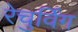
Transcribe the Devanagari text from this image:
रेचुर्विंग